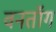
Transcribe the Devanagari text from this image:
वनतॉंग